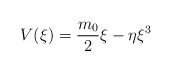
\begin{align*} V(\xi)=\frac{m_0}{2}\xi-\eta \xi^3\end{align*}